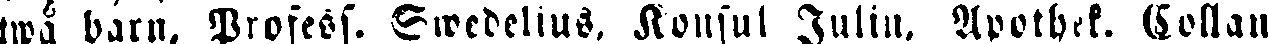
twå barn. Profess. Swedelius. Konsul Julin, Apothek. Collan